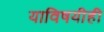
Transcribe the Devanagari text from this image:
याविषयीही